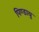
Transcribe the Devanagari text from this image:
पिण्डायु